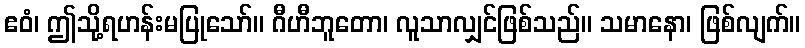
ဧဝံ၊ ဤသို့ရဟန်းမပြုသော်။ ဂီဟီဘူတော၊ လူသာလျှင်ဖြစ်သည်။ သမာနော၊ ဖြစ်လျက်။